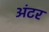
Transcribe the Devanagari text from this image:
अंटर